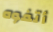
أتفوه